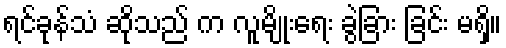
ရင်ခုန်သံ ဆိုသည် က လူမျိုးရေး ခွဲခြား ခြင်း မရှိ။